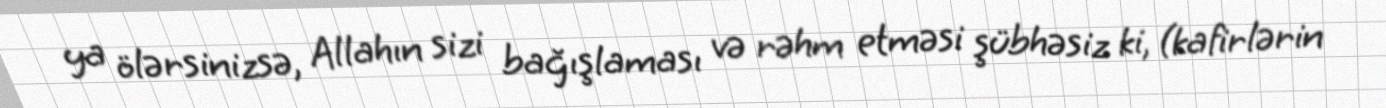
ya ölərsinizsə, Allahın sizi bağışlaması və rəhm etməsi şübhəsiz ki, (kafirlərin